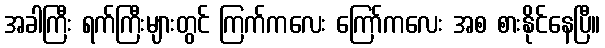
အခါကြီး ရက်ကြီးများတွင် ကြက်ကလေး ကြော်ကလေး အစ စားနိုင်နေပြီ။